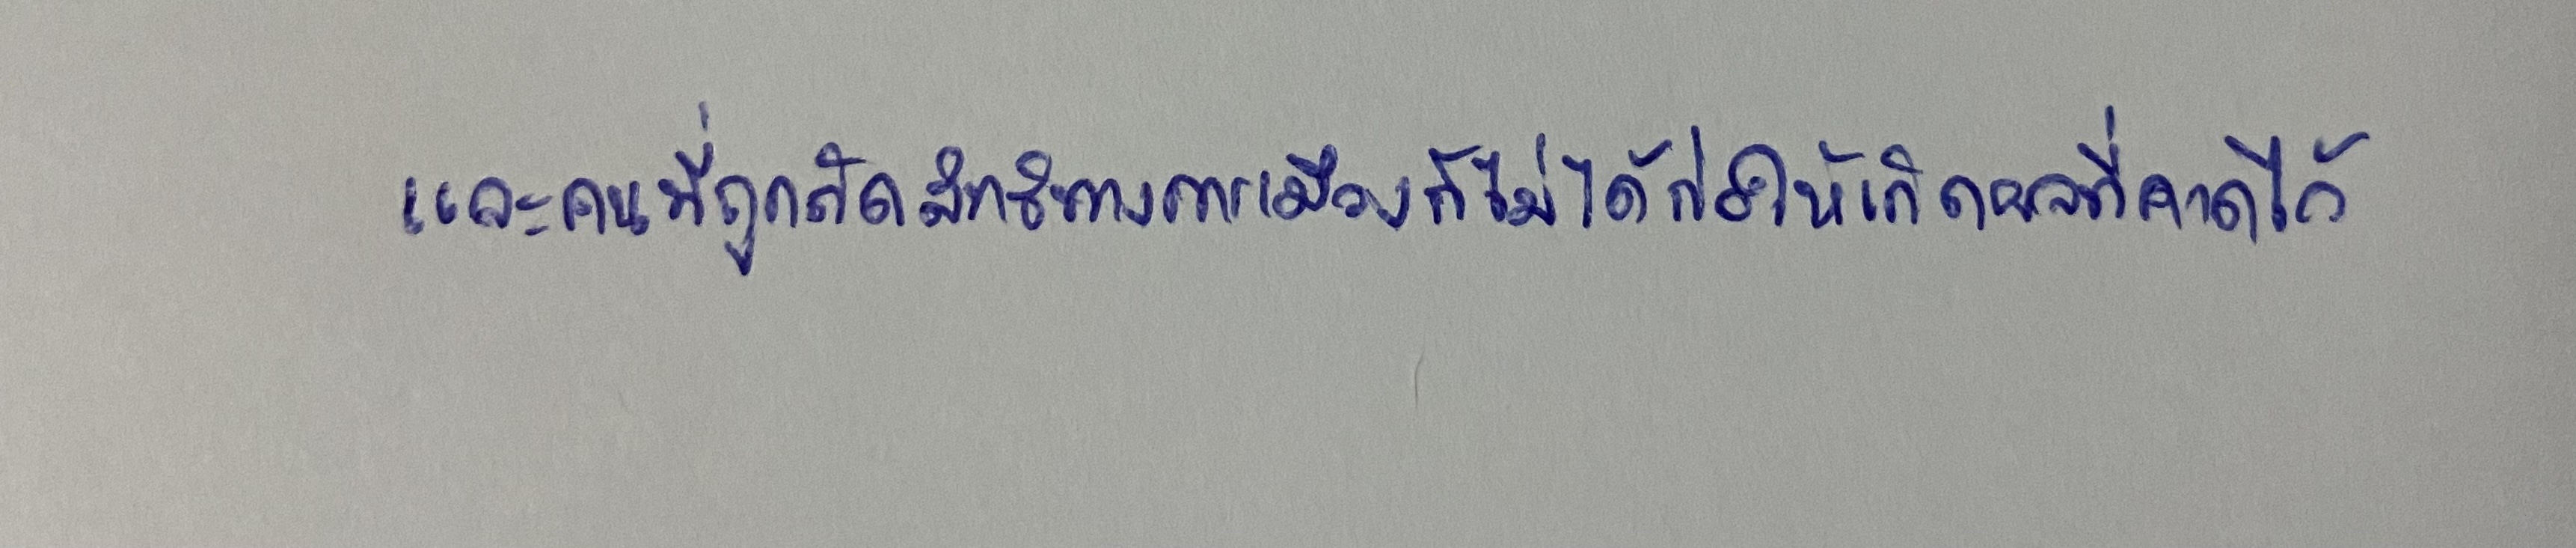
และคนที่ถูกตัดสิทธิทางการเมืองก็ไม่ได้ก่อให้เกิดผลที่คาดไว้